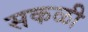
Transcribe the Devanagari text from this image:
सकळी